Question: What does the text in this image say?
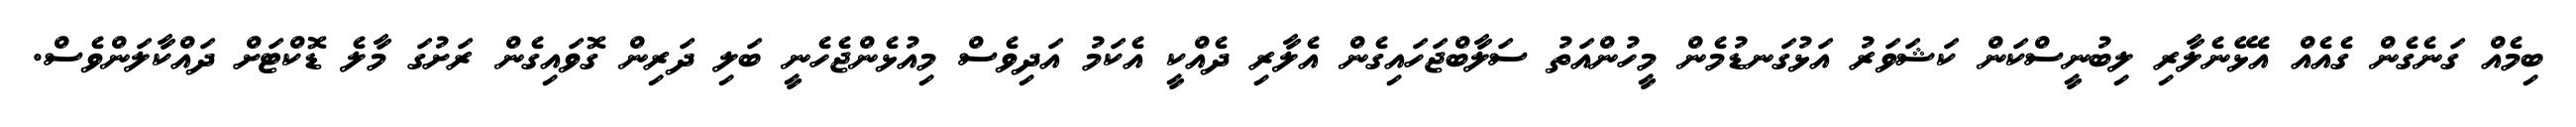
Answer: ބިމެއް ގަނެގެން ގެއެއް އެޅޭނެލާރި ލިބުނީސްކަން ކަޝަވަރު އަޅުގަނޑުމެން މީހުންއަތު ސަލާބްޖަހައިގެން އެލާރި ދެއްކީ އެކަމު އަދިވެސް މިއުޅެންޖެހެނީ ބަލި ދަރިން ގޮވައިގެން ރަށުގަ މާލެ ޑޮކްޓަށް ދައްކާލަންވެސް.